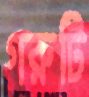
গরুটি